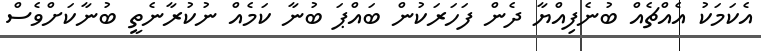
އެކަމަކު އެއްޗެއް ބުނެފިއްޔާ ދެން ފަހަރަކުން ބައްޕަ ބުނާ ކަމެއް ނުކުރާނެތީ ބުނާކަށްވެސް